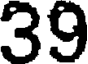
39